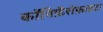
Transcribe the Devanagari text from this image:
कॉनिफ़ॅरोफ़ाइटा